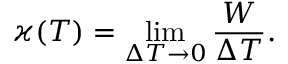
\varkappa ( T ) = \operatorname* { l i m } _ { \Delta T \to 0 } \frac { W } { \Delta T } .